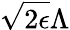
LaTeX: \sqrt{2\epsilon}{\Lambda}